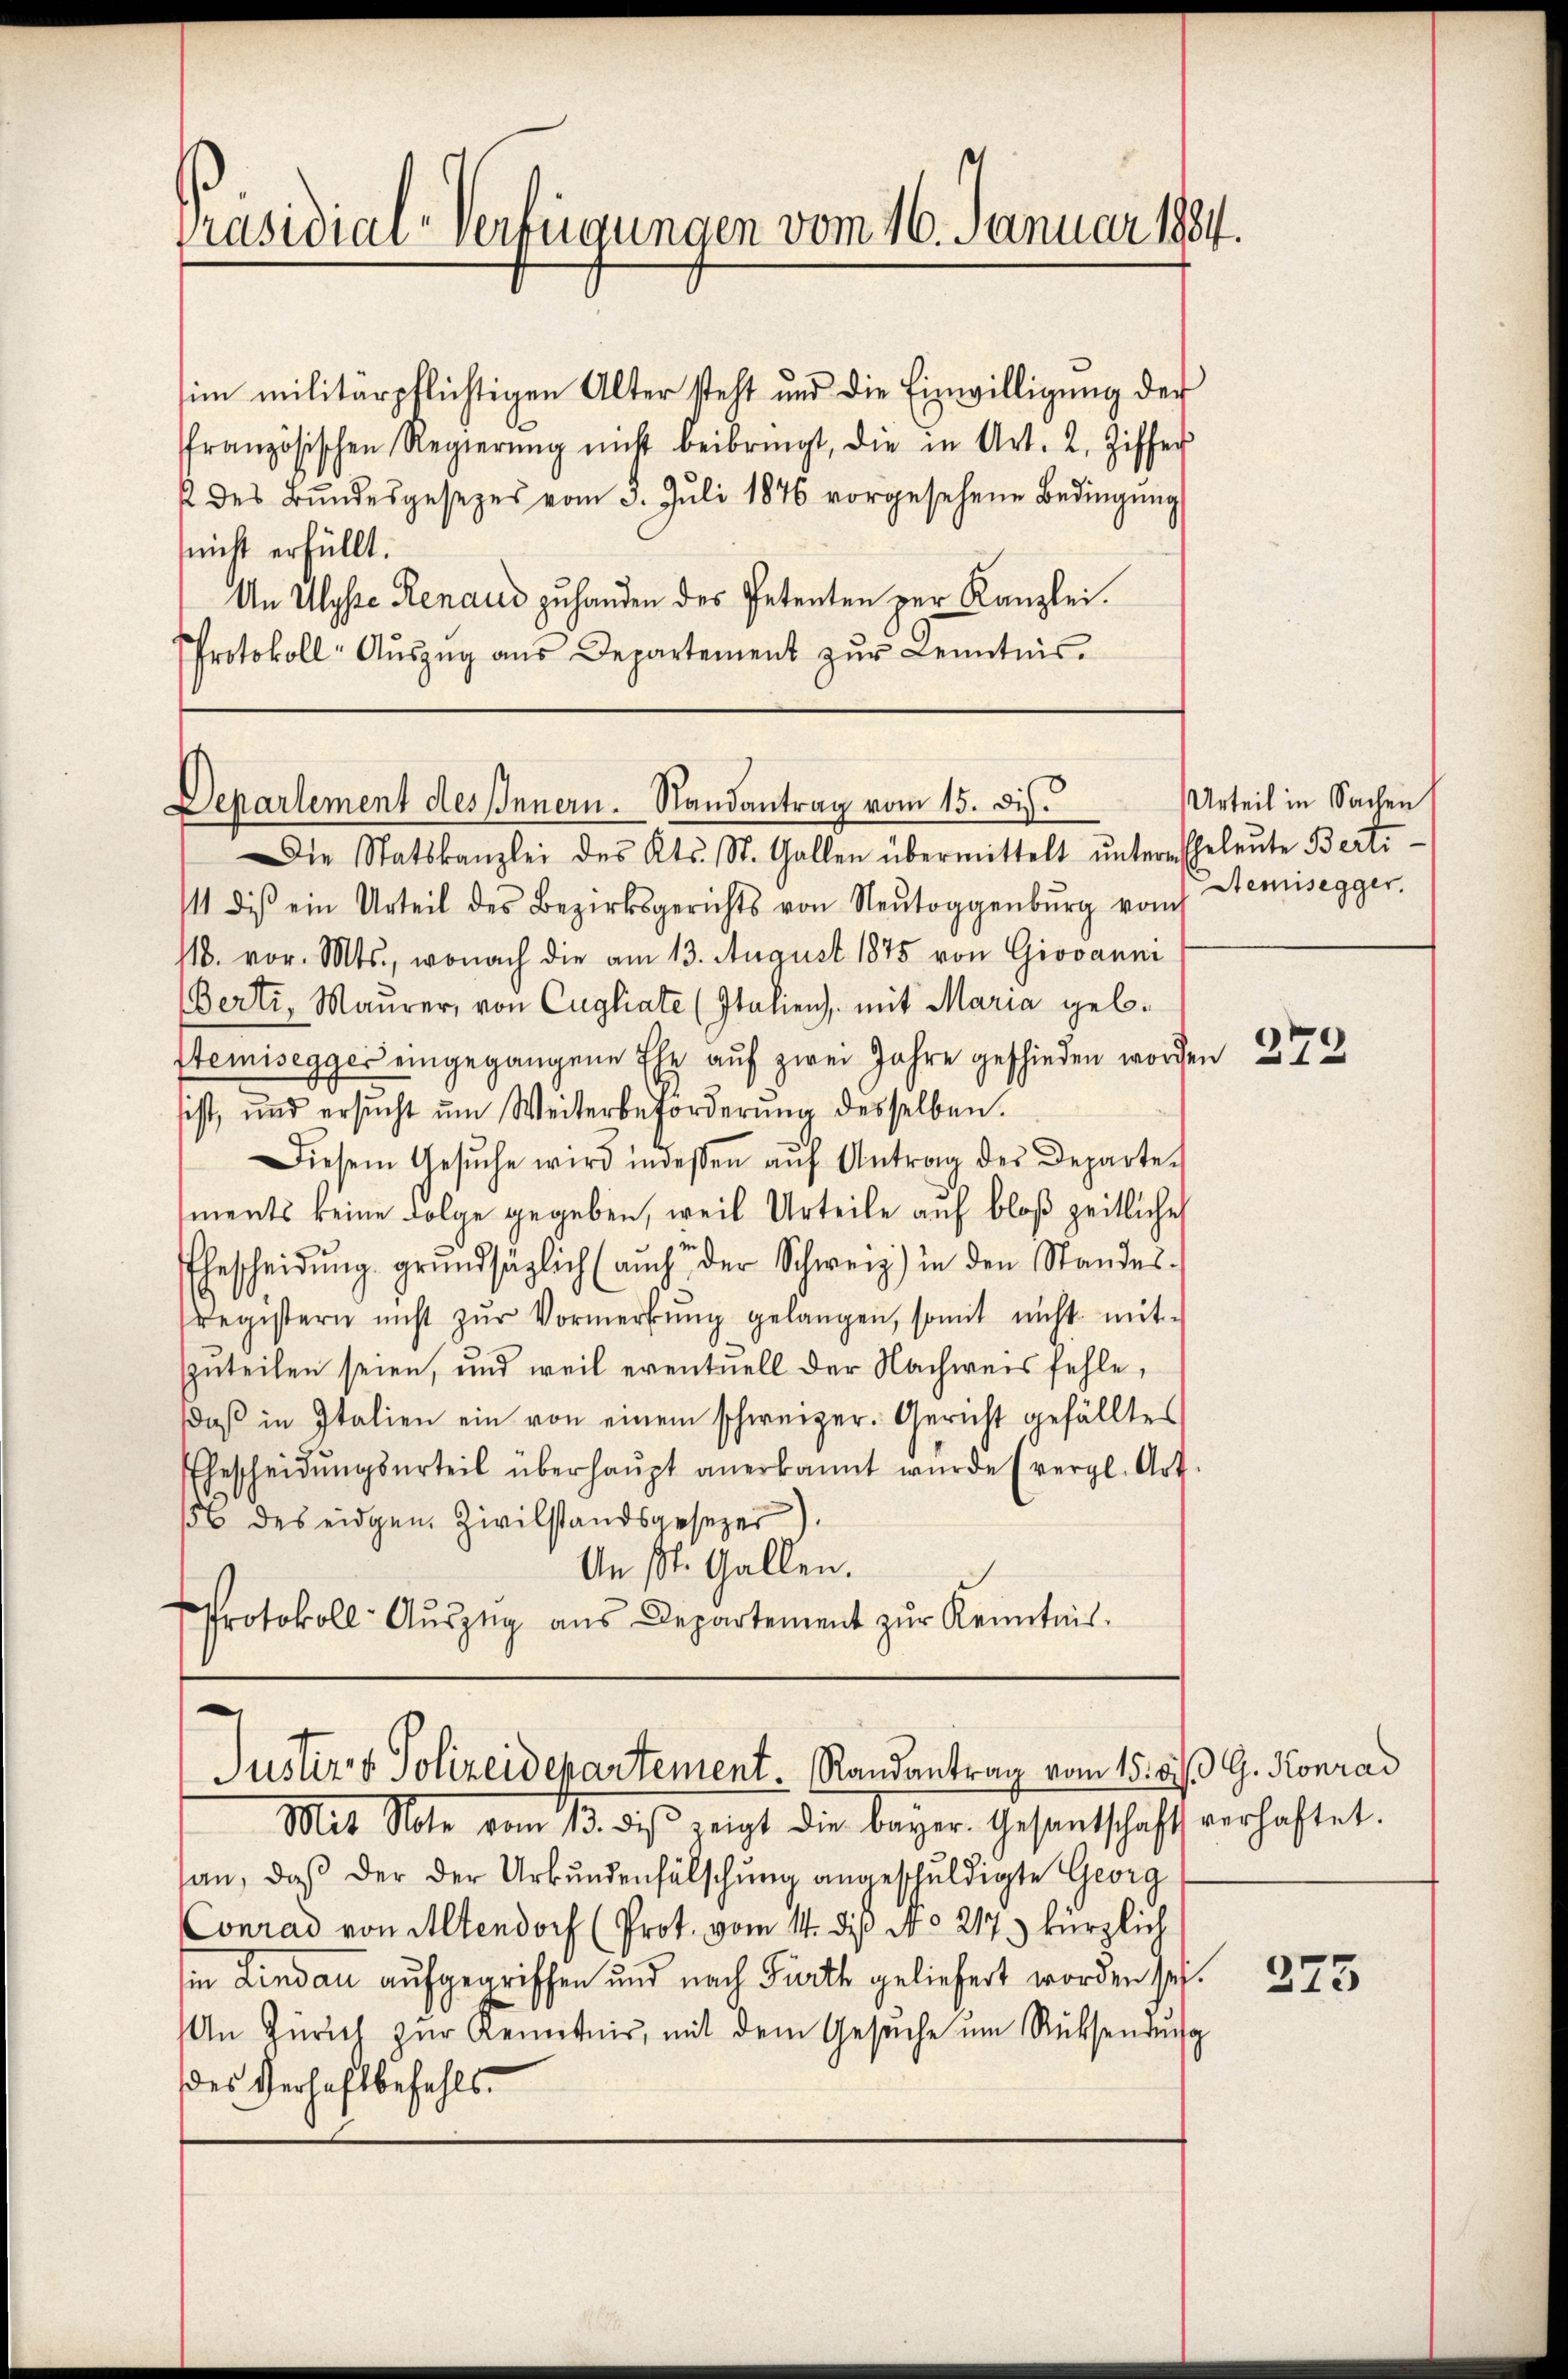
Präsidial-Verfügungen vom 16. Januar 1884.

sim militärpflichtigen Alter steht und die Einwilligung der
ffranzösischen Regierŭng nicht beibringt, die in Art. 2. Ziffer
 des Bŭndesgesezes vom 3. Juli 1876 vorgesehene Bedingŭng
snicht erfüllt.
An Ulyse Renaus zuhanden des Petenten zur Kanzlei.
Protokoll- Aŭszŭg ans Departement zŭr Kenntnis.

Departement des Innern. Randantrag vom 15. dis.

.
Justiz- & Polizeidepartement Randantrag vom 15. bis G. Konrad

Die Statskanzlei des Kts. St. Gallen übermittelt ŭntern Eheleŭte Berti-
11 des ein Urteil des Bezirksgerichts von Neŭtoggenburg vom
118. vor. Mts., wonach die am 13. August 1875 von Giovanni
(Berti, Maurer, von Cugliate (Italienz mit Maria geb.
Stemisegger eingegangene Ehe auf zwei Jahre geschieden worde,
ist, und ersŭcht ŭm Weiterbeforderŭng desselben.
Diesem Gesŭche wird indessen aŭf Antrag des Departe
ments keine Folge gegeben, weil Urteile auf bloß zeitliche
Ehescheidŭng grŭndsäglich (auch der Schweiz) in den Standes-
registern nicht zŭr Vormerkŭng gelangen, somit nicht mit-
zuteilen seien, und weil eventuell der Nachweis fehle,
daβ in Italien ein von einem schweizer. Gericht gefälltes
Ehescheidŭngserteil überhaŭpt anerkannt wurde (vergl. Art.
156 des eidgen. Zivilstandsgesezer).
An St. Gallen.
Protokoll- Aŭszŭg aŭs Departement zŭr Kenntnis.

Urteil in Sachen
Stemisegger.

Mit Sole vom 13. des zeigt die bayer. Gesandtschaft verhaftet.
san, daß der der Urkundenfälschung angeschuldigte Georg
Conrad von Altendorf (Prot. vom 14. dis No 217.) kürzlich
in Lindau aufgegriffen und nach Fürth geliefert worden sei.
An Zürich zŭr Kenntnis, mit dem Gesŭche ŭm Rücksendung
des Verhaftbefehls¬

e

272

275